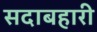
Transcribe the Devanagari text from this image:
सदाबहारी